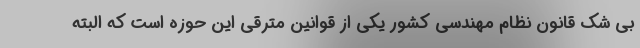
بی شک قانون نظام مهندسی کشور یکی از قوانین مترقی این حوزه است که البته